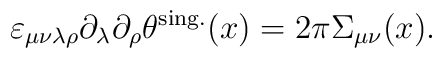
\varepsilon_{\mu\nu\lambda\rho}\partial_\lambda\partial_\rho\theta^{{\rm sing.}}(x)=2\pi\Sigma_{\mu\nu}(x).